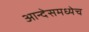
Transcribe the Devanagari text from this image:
आन्देसमध्येच